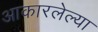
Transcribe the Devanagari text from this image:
आकारलेल्या